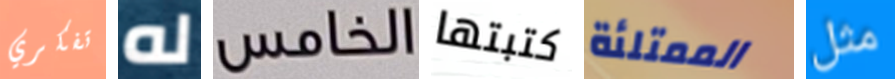
تفكري له الخامس كتبتها الممتلئة مثل